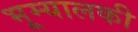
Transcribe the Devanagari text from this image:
भूम्यालकी